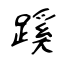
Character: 蹊